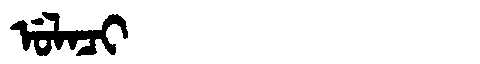
Manchu: ᡠᠯᠠᠴᡳ
Romanization: ULACI